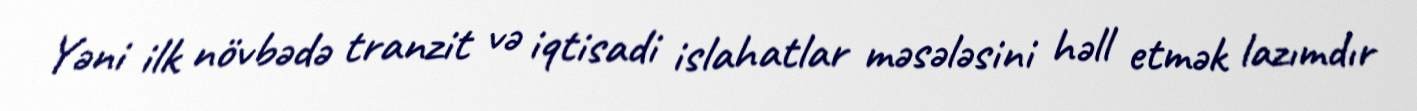
Yəni ilk növbədə tranzit və iqtisadi islahatlar məsələsini həll etmək lazımdır